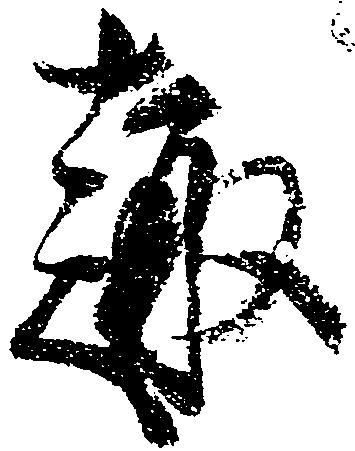
趣